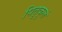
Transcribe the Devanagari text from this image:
पितृकुलं